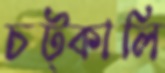
চট্‌কালি